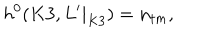
h ^ { 0 } ( K 3 , L ^ { \prime } | _ { K 3 } ) = n _ { t m } ,